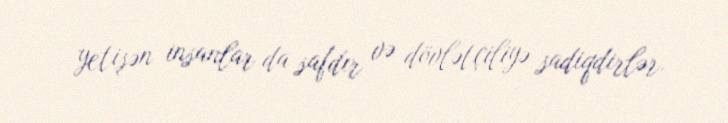
yetişən insanlar da safdır və dövlətçiliyə sadiqdirlər.